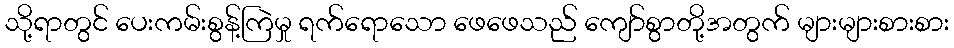
သို့ရာတွင် ပေးကမ်းစွန့်ကြဲမှု ရက်ရောသော ဖေဖေသည် ကျော်စွာတို့အတွက် များများစားစား